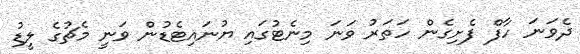
ދެވަނަ ހާފް ފެށިގެން ހަތަރު ވަނަ މިނެޓުގައި ޔުނައިޓެޑުން ވަނީ މެޗުގެ ލީޑު